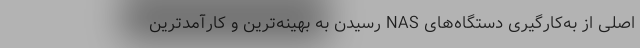
اصلی از به‌کارگیری دستگاه‌های NAS رسیدن به بهینه‌ترین و کارآمدترین